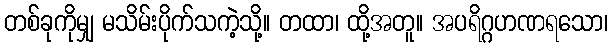
တစ်ခုကိုမျှ မသိမ်းပိုက်သကဲ့သို့။ တထာ၊ ထို့အတူ။ အပရိဂ္ဂဟဏရသော၊